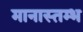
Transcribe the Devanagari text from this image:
मानास्तम्भ